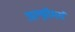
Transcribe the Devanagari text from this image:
अल्झीमर्स